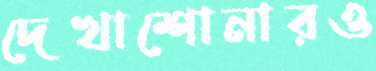
দেখাশোনারও